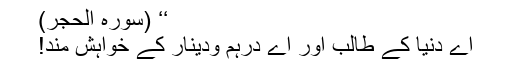
‘‘ (سورہ الحجر)
اے دنیا کے طالب اور اے درہم ودینار کے خواہش مند!